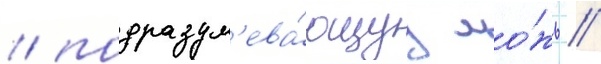
/ подразум'ева́ющуу ло́жь //